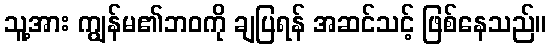
သူ့အား ကျွန်မ၏ဘဝကို ချပြရန် အဆင်သင့် ဖြစ်နေသည်။